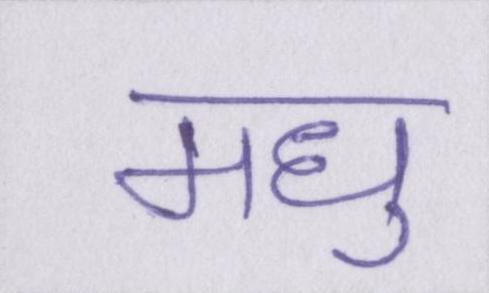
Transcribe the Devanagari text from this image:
मधु